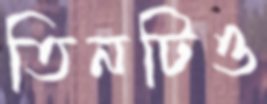
তিনটিও